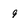
Character: 9